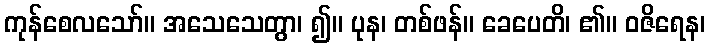
ကုန်စေလသော်။ အသေသေတွာ၊ ၍။ ပုန၊ တစ်ဖန်။ ခေပေတိ၊ ၏။ ဝဇိရေန၊